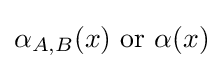
\alpha _{A,B}(x){\text{ or }}\alpha (x)